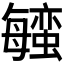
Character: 𬠱